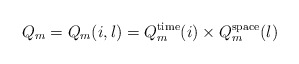
\begin{align*}Q_{m}=Q_{m}(i,l)=Q_{m}^{\textnormal{time}}(i)\times Q_{m}^{\textnormal{space}}(l)\end{align*}